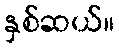
နှစ်ဆယ်။